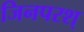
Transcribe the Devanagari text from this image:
जिनपरश्